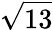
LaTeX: \sqrt{13}